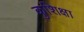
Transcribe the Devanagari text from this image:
कुशिक्षा